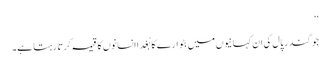
‘‘
جوگندر پال کی ان کہانیوں میں بٹوارے کا بُغدا انسانوں کا قیمہ کرتا رہتا ہے۔